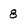
Character: 8